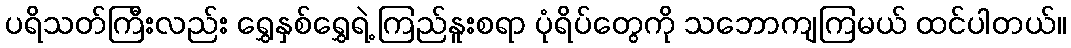
ပရိသတ်ကြီးလည်း ရွှေနှစ်ရွှေရဲ့ ကြည်နူးစရာ ပုံရိပ်တွေကို သဘောကျကြမယ် ထင်ပါတယ်။